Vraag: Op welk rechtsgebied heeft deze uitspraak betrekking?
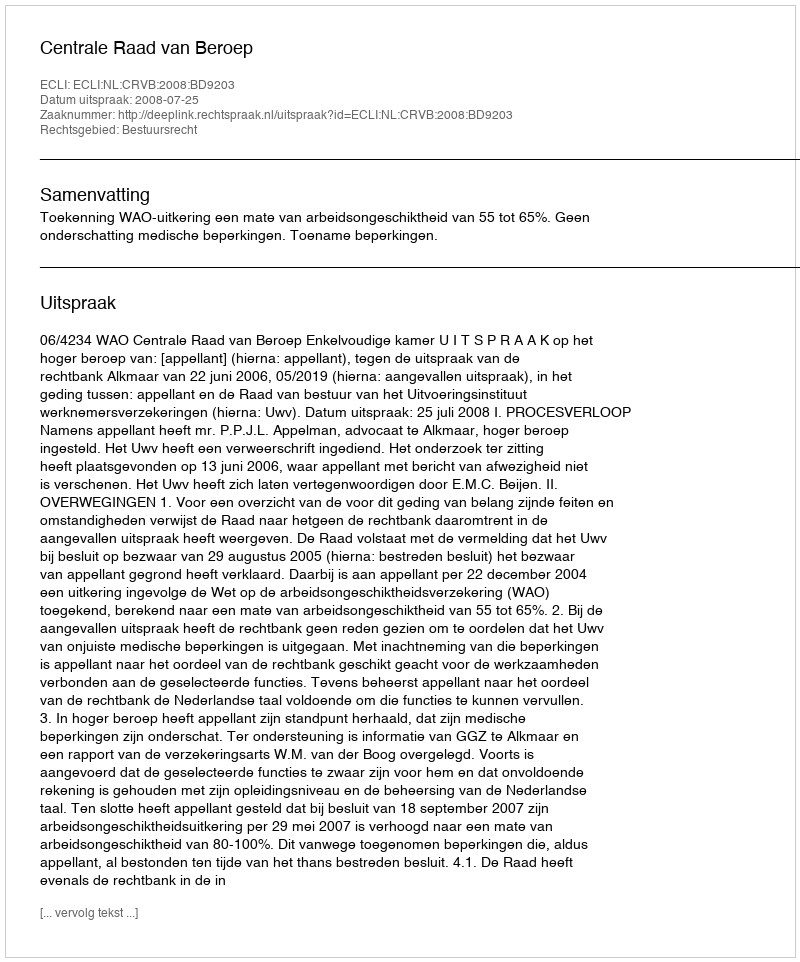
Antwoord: Bestuursrecht